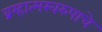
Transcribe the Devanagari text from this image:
ब्रम्हात्मस्वरुपाचे